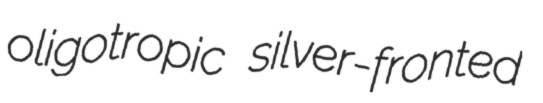
oligotropic silver-fronted